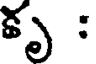
కృ :